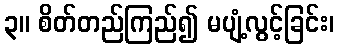
၃။ စိတ်တည်ကြည်၍ မပျံ့လွင့်ခြင်း၊